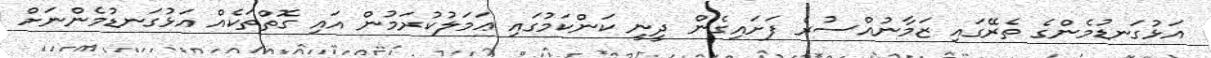
އަޅުގަނޑުމެންގެ ތެރޭގައި ޒަމާނުއްސުރެ ފަށައިގެން ދީނީ ކަންކަމުގައި ޢަމަލުކުރަމުން އައި ގޮތްތަކެއް އަޅުގަނޑުމެންނަށް